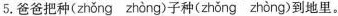
5.爸爸把\underset{·}{种}( zhǒng zhòng )子\underset{·}{种}( zhǒng zhòng )到地里。